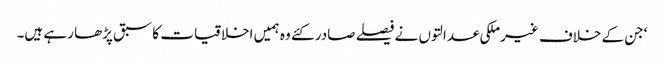
‘جن کے خلاف غیرملکی عدالتوں نے فیصلے صادر کئے وہ ہمیں اخلاقیات کا سبق پڑھا رہے ہیں۔